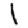
Digit: 1